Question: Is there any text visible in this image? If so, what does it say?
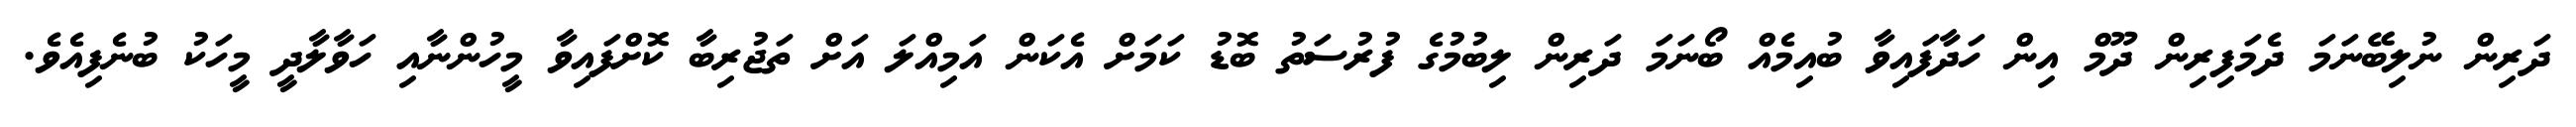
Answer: ދަރިން ނުލިބޭނަމަ ދެމަފިރިން ދޫމް އިން ހަދާފައިވާ ބުއިމެއް ބޯނަމަ ދަރިން ލިބުމުގެ ފުރުސަތު ބޮޑު ކަމަށް އެކަން އަމިއްލަ އަށް ތަޖުރިބާ ކޮށްފައިވާ މީހުންނާއި ހަވާލާދީ މީހަކު ބުނެފިއެވެ.